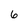
Character: 6